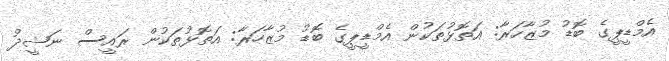
އެމްޑީޕީގެ ބޮޑު މުޒާހަރާ: އަތޮޅުތަކުން އެމްޑީޕީގެ ބޮޑު މުޒާހަރާ: އަތޮޅުތަކުން ރައީސް ނަޝީދު